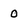
Character: 0